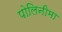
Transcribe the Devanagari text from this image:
पोलिनीमा